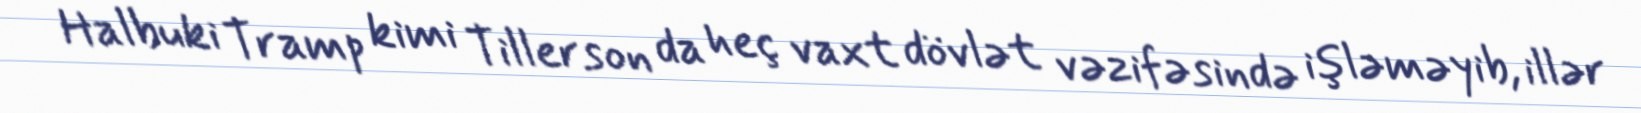
Halbuki Tramp kimi Tillerson da heç vaxt dövlət vəzifəsində işləməyib, illər